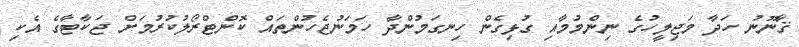
ޤާނޫނު ހަދާ މަޖިލީހުގެ ނިންމުމާއި ގުޅިގެން ހިނގަމުންދާ ހަމަނުޖެހުންތައް ކޮންޓްރޯލުކުރުމަށް ޖަކާޓާގެ އެކި